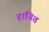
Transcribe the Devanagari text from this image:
हानित